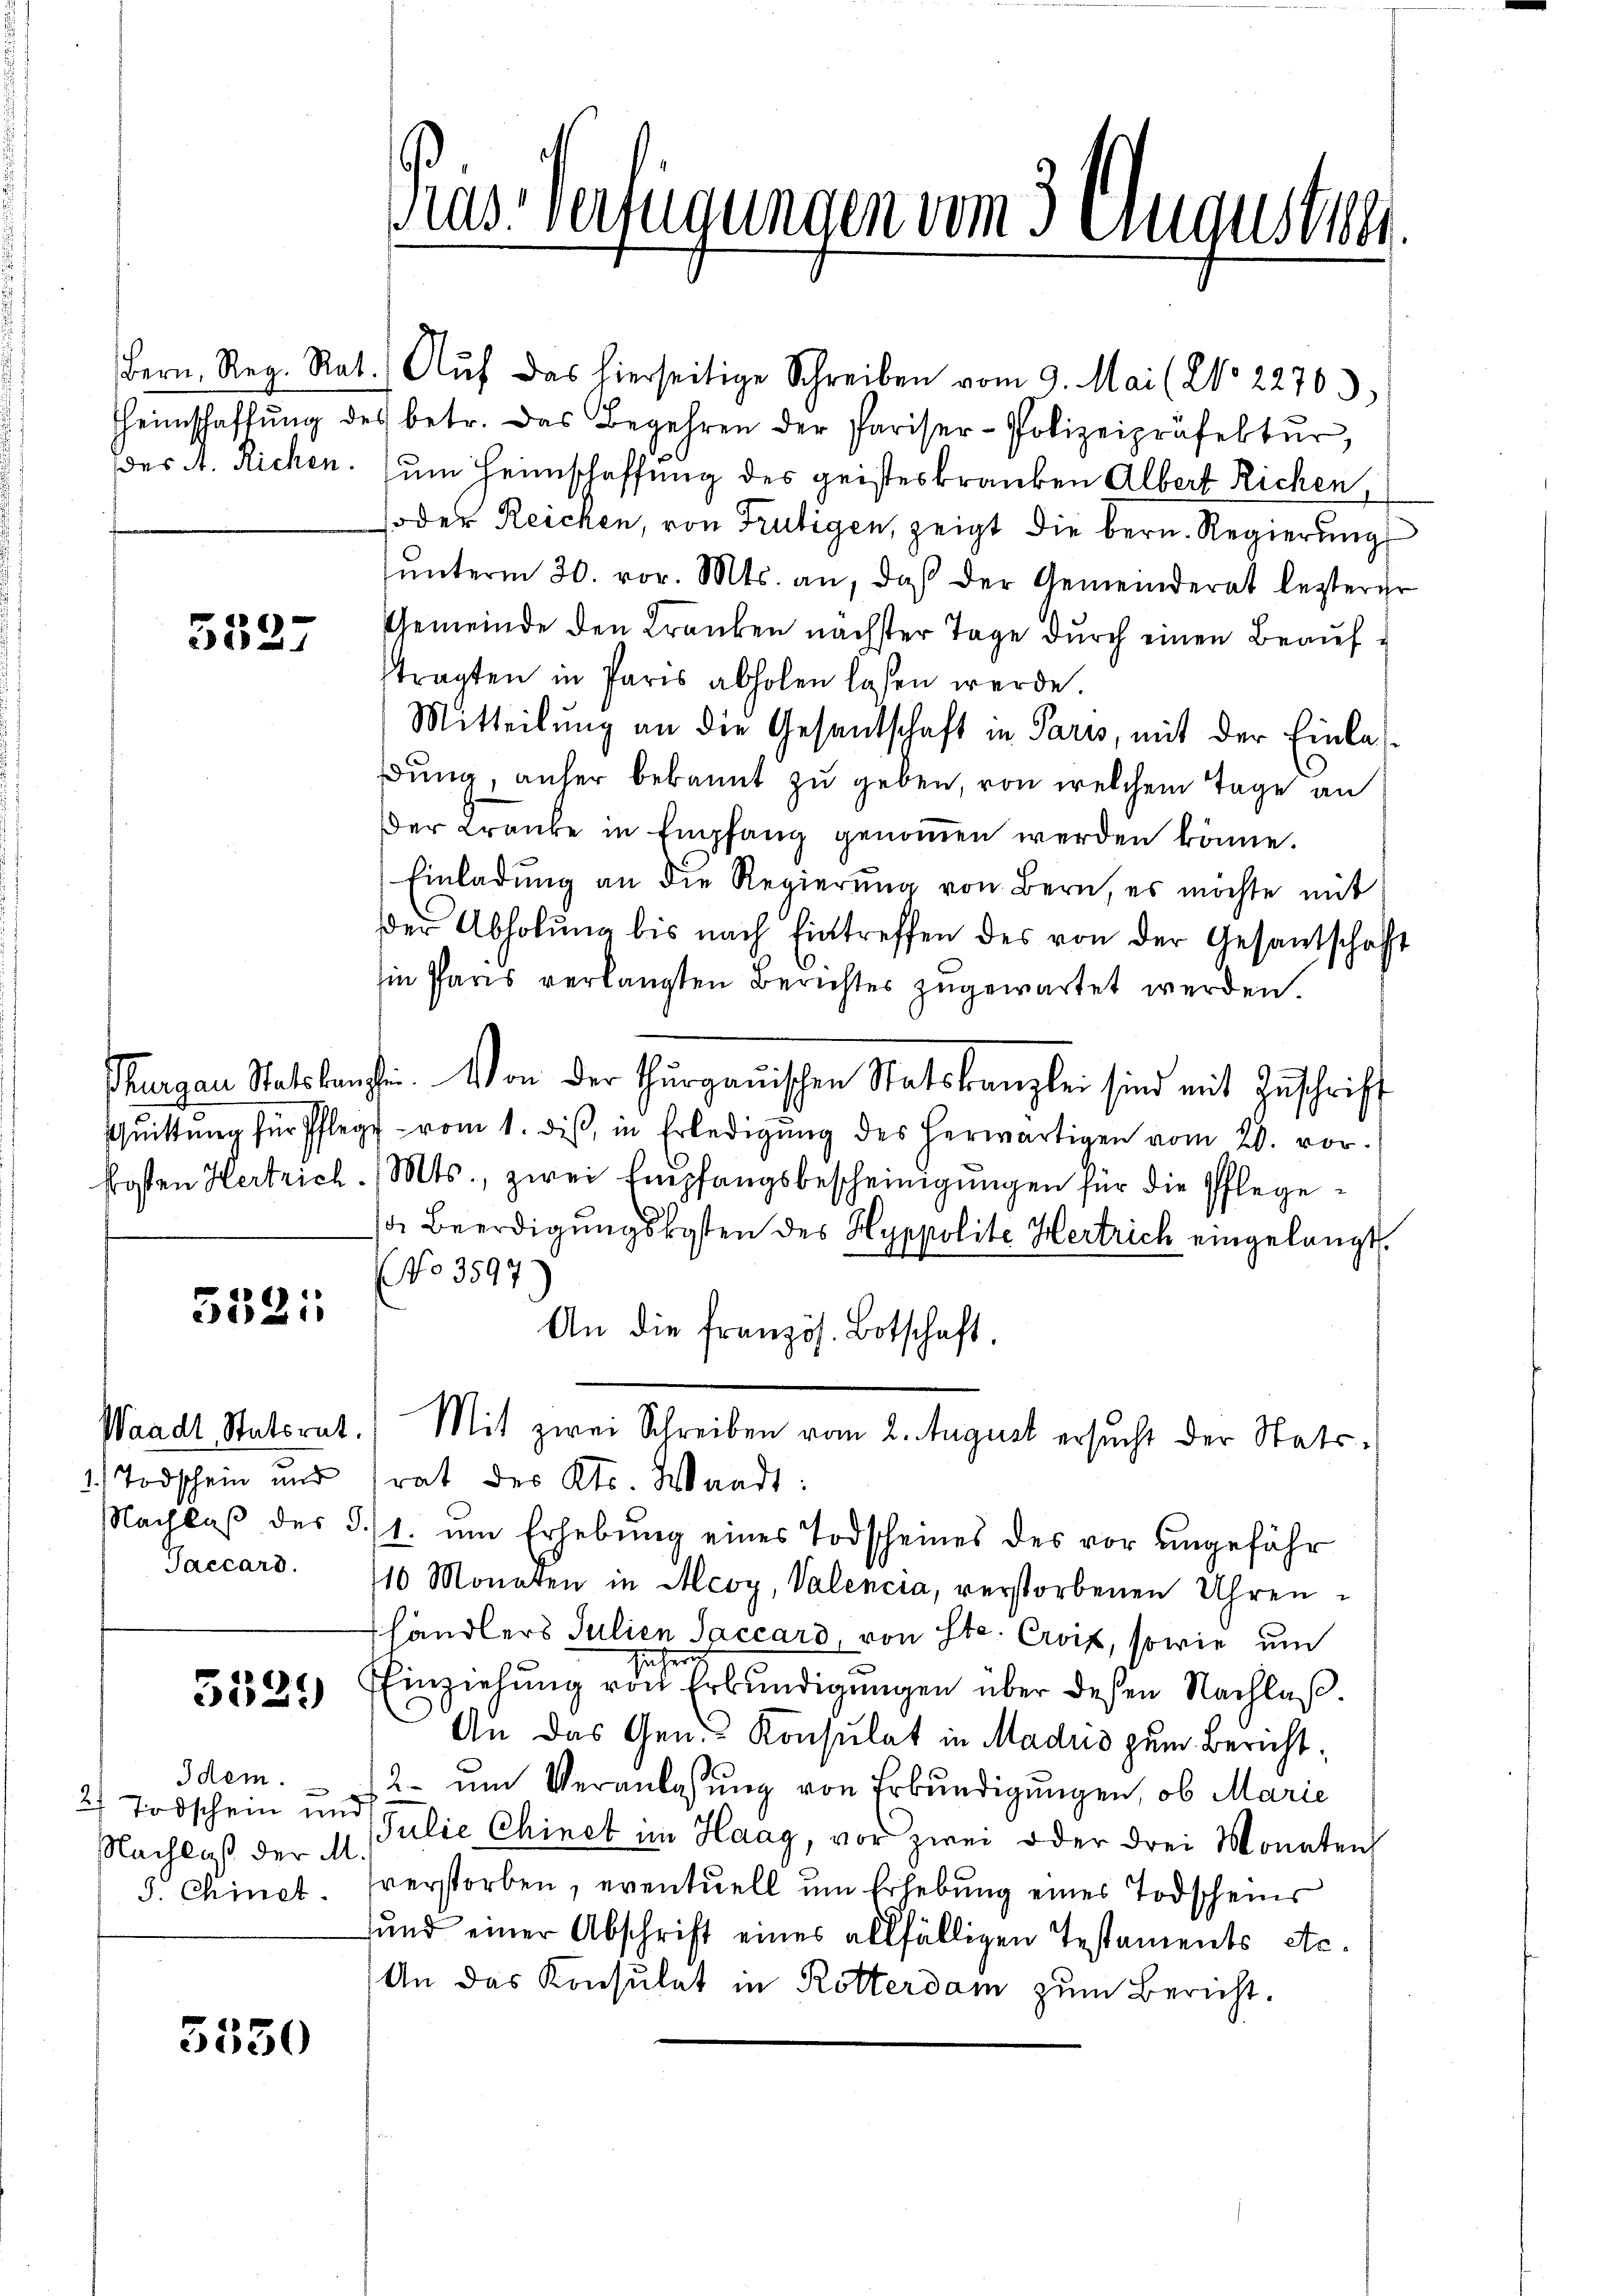
des A. Richen.

5527

kosten Hertrich.

6)
21

Waadt, Statsrat.
1) Todschein und
Nachlaß des §.
Paccard.

3529

Idem.
2. Todschein und
Nachlaß der M
5. Chinet.

3550

Präs. Verfügungen vom 3. Augusten

Bern, Reg. Rat.) Auf das hierseitige Schreiben vom 9. Mai (2o 22763)
Heimschaffŭng des betr. das Begehren der Pariser-Polizeipräfektŭr,
um Heimschaffung des geisteskranken Albert Richen,
soder Reichen, von Frutigen, zeigt die bern. Regierung
ŭnterm 30. vor. Mts. an, daß der Gemeinderat lezterer
Gemeinde den Kranken nächster Tage durch einen Beauftragten in Paris abholen lassen werde.
Mitteilung an die Gesantschaft in Paris, mit der Einlasdung, anher bekannt zu geben, von welchem Tage an
Der Kranke in Empfang genoṁen werden könne.
Einladŭng an die Regierŭng von Bern, es möchte mit
der Abholŭng bis nach Eintreffen des von der Gesantschaft
in Paris verlangten Berichter zugewartet werden.
Thurgau Statskanzlei. Von der Thurgauischen Statskanzlei sind mit Zŭschrift
schnittŭng für Pflegt vom 1. diβ, in Erledigŭng des herwärtigen vom 20. vor.
Mts., zwei Empfangsbescheinigungen für die Pfleged. Beerdigungskosten des Hyppolite Hertrich eingelangt.
No 3599.
An die französ. Botschaft
Mit zwei Schreiben vom 2. August ersucht der Statsrat des Kts. Waadt:
1. um Erhebung eines Todscheines des vor ungefähr
116 Monaten in Alcoy, Valencia, verstorbenen Uhren
händlers Julien Saccard, von Ste. Croix, sowie um
EEinziehung von Erkundigungen über deßen Nachlaß¬
An das Gen. Konsulat in Madris zum Bericht;
2. ŭm Veranlassŭng von Erkundigungen, ob Marie
Julie Chinet im Haag, vor zwei oder drei Monaten
verstorben, eventuell um Erhebung eines Todscheins
und einer Abschrift eines allfälligen Testaments etc.
An das Konsulat in Rotterdam zum Bericht.